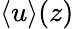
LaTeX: \langle u\rangle(z)